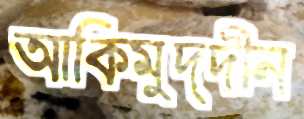
আক্বিমুদ্দীন